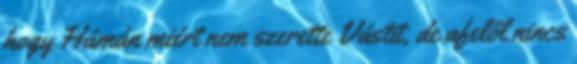
hogy Hámán miért nem szerette Vástit, de afelől nincs